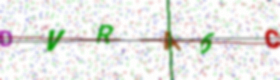
Text: DVRA6C